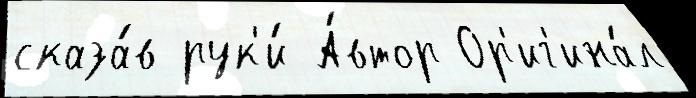
сказа́в рук'и́ А́втор Ор'иг'ина́л